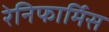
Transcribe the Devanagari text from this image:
रेनिफार्मिस